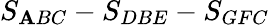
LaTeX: S_{\mathbf{A}BC}-S_{DBE}-S_{GFC}